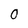
Character: 0